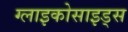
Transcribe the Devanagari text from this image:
ग्लाइकोसाइड्स